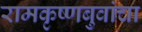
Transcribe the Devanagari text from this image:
रामकृष्णबुवांचा